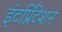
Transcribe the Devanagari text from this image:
इंटर्प्रिटेशन